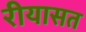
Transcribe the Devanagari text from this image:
रीयासत